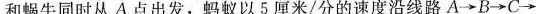
蚂蚁B和蜗牛同时从A点出发，蚂蚁以5厘米/分的速度沿线路A\rightarrow B\rightarrow C\rightarrow